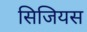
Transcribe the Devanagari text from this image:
सिजियस